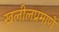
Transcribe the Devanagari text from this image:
खलीलप्रमाणे